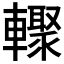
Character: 𲄾